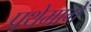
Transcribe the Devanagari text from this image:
प्रथेमागे